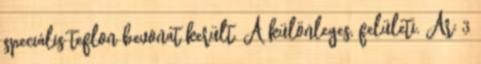
speciális teflon bevonat került. A különleges, felületi. Ár: 3